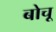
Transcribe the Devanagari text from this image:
बोचू